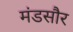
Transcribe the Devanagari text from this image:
मंडसौर